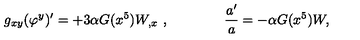
g _ { x y } ( \varphi ^ { y } ) ^ { \prime } = + 3 \alpha G ( x ^ { 5 } ) W _ { , x } \ , \qquad \qquad { \frac { a ^ { \prime } } { a } } = - \alpha G ( x ^ { 5 } ) W ,